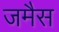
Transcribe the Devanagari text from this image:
जमैस